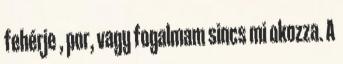
fehérje , por, vagy fogalmam sincs mi okozza. A